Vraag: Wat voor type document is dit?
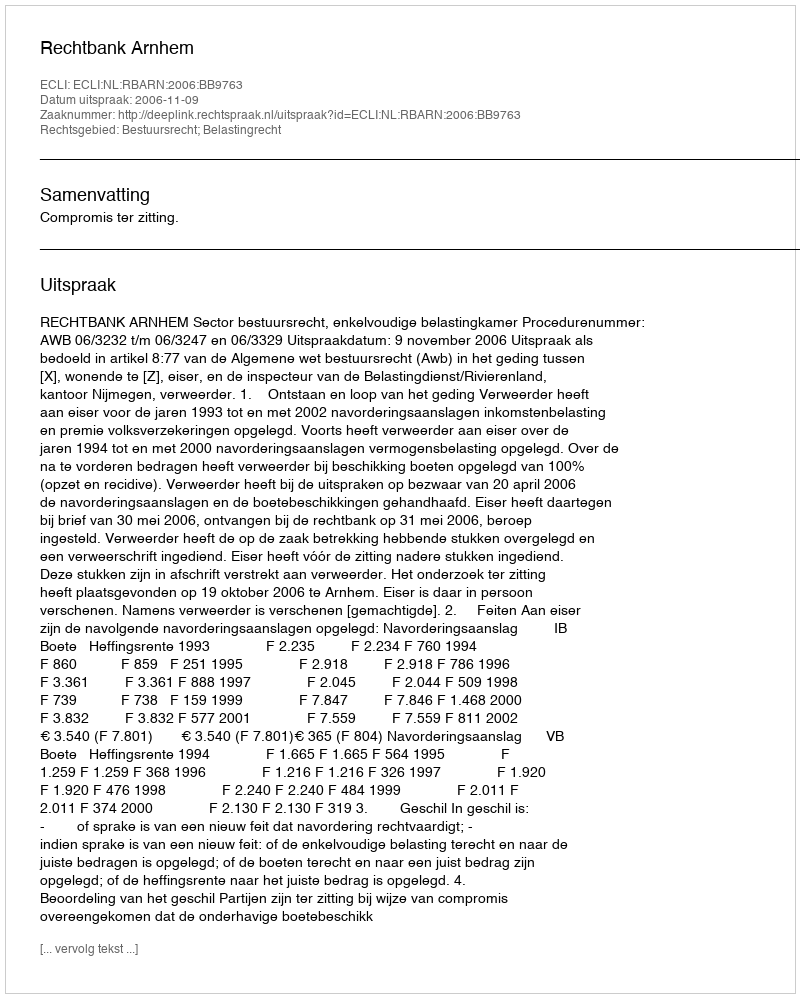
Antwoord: Uitspraak